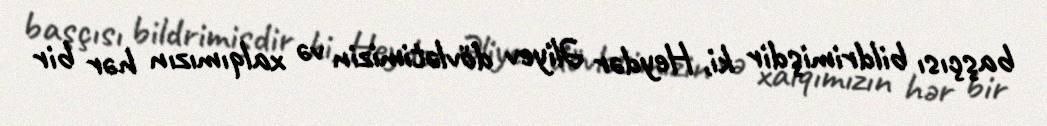
başçısı bildrimişdir ki, Heydər Əliyev dövlətimizin və xalqımızın hər bir